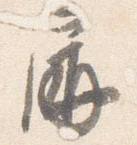
屏